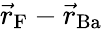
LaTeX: \vec{r}_{\mathrm{F}}-\vec{r}_{\mathrm{Ba}}